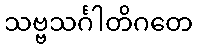
သဗ္ဗသင်္ဂါတိဂတေ